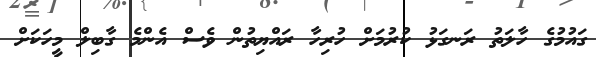
ގައުމުގެ ހާލަތު ރަނގަޅު ކުރުމަށް ހުރިހާ ރައްޔިތުން ވެސް އެންމެ ގާބިލް މީހަކަށް